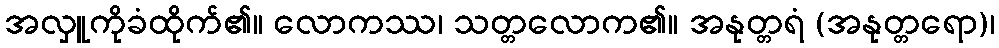
အလှူကိုခံထိုက်၏။ လောကဿ၊ သတ္တလောက၏။ အနုတ္တရံ (အနုတ္တရော)၊